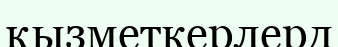
қызметкерлерд